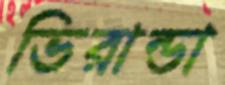
ভিরান্ডা